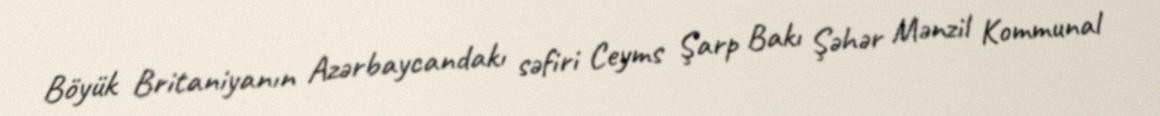
Böyük Britaniyanın Azərbaycandakı səfiri Ceyms Şarp Bakı Şəhər Mənzil Kommunal